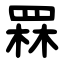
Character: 罧